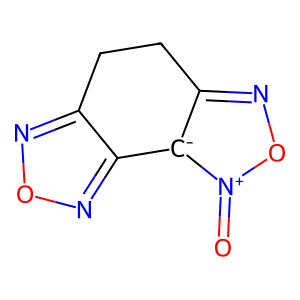
SMILES: O=[n+]1onc2[c-]1-c1nonc1CC2
Inhibits HIV replication: No